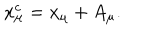
x _ { \mu } ^ { c } = x _ { \mu } + A _ { \mu } .